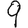
Digit: 9